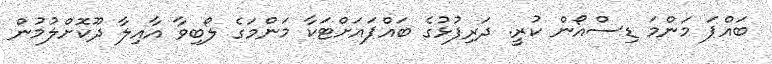
ބައްޕަ މަންމަ ޑިސްއޯން ކުރީ. ދަރިފުޅުގެ ބައްޕައަށްޓަކާ މަންމަގެ ލޯބިވާ އާއިލާ ދޫކޮށްލުމުން